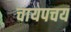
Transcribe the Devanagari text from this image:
चायपचय